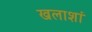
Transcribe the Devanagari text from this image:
खलाशां